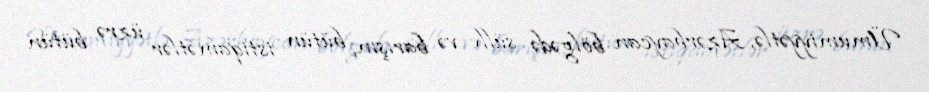
Ümumiyyətlə, Azərbaycan bölgədə sülh və barışın, bütün istiqamətlər üzrə bütün